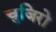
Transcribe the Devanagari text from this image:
चुजिरो